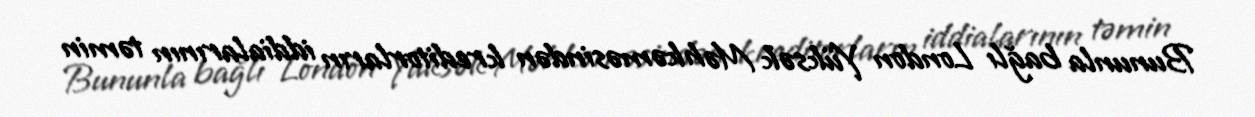
Bununla bağlı London Yüksək Məhkəməsindən kreditorların iddialarının təmin